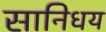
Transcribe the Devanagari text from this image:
सानिधय